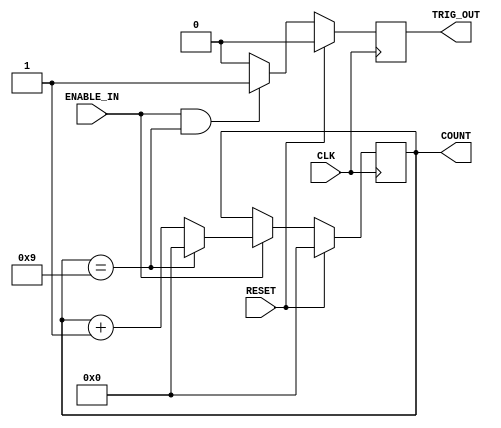
`timescale 1ns / 1ps
//////////////////////////////////////////////////////////////////////////////////
// Company: 
// Engineer: 
// 
// Design Name: 
// Module Name: GENERIC
// Project Name: 
// Target Devices: 
// Tool Versions: 
// Description: 
// 
// Dependencies: 
// 
// Revision:
// Revision 0.01 - File Created
// Additional Comments:
// 
//////////////////////////////////////////////////////////////////////////////////


module GENERIC(
        CLK,
        RESET,
        ENABLE_IN,
        TRIG_OUT,
        COUNT

    );
    
    parameter COUNTER_WIDTH = 4;
    parameter COUNTER_MAX = 9;
    
    input     CLK;
    input     RESET;
    input     ENABLE_IN;
    output    TRIG_OUT;
    output    [COUNTER_WIDTH-1:0] COUNT;
    
    //Declare registers that hold the current count value and trigger out
    //between clock cycles
    
    reg [COUNTER_WIDTH-1:0] count_value;
    reg Trigger_out;
    
    //Synchronours logic  for value of count_Value
    
   always@(posedge CLK) begin
       if(RESET)
           count_value<=0;
       else begin
           if(ENABLE_IN) begin
               if(count_value == COUNTER_MAX)
                   count_value <=0;
               else
                   count_value <= count_value +1;
           end
       end
   end
   
   //Synchronous logic for Trigger_out
   always@(posedge CLK) begin
       if(RESET)
           Trigger_out <=0;
       else begin
           if (ENABLE_IN && (count_value == COUNTER_MAX))
               Trigger_out <= 1;
           else
               Trigger_out <= 0;
       end
   end
   
   //Asignment that tie the count_value and Trigger_out to 
   //COUNT and TRIG_OUT respectivily
   
   assign COUNT      = count_value;
   assign TRIG_OUT   = Trigger_out;
   
endmodule